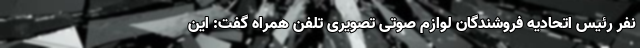
نفر رئیس اتحادیه فروشندگان لوازم صوتی ‌تصویری تلفن همراه گفت: این